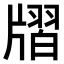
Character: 𤗨